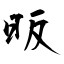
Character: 昄